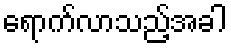
ရောက်လာသည့်အခါ